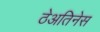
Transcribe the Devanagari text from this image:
ठेअतिनेस